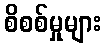
စိစစ်မှုများ